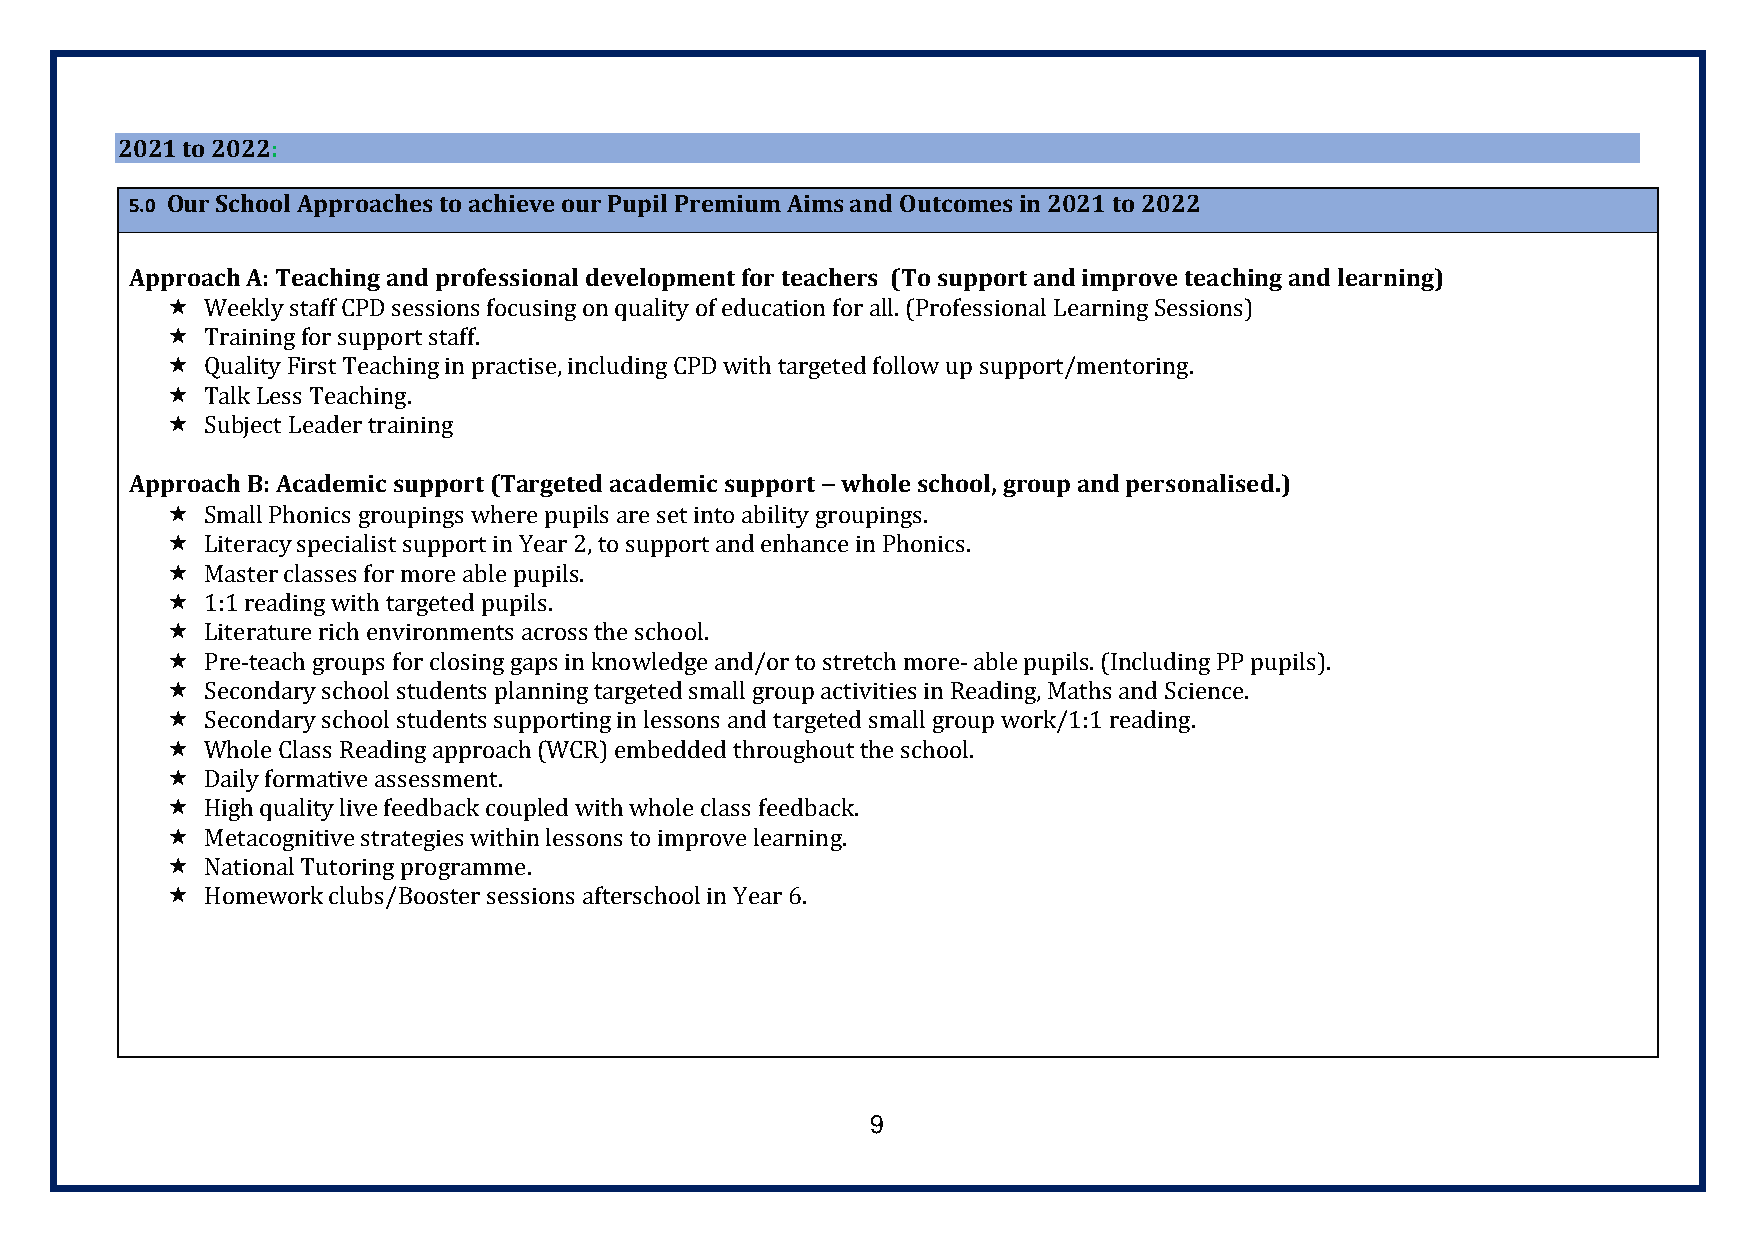
2021 to 2022:
 5.0 Our School Approaches to achieve our Pupil Premium Aims and Outcomes in 2021 to 2022
 Approach A: Teaching and professional development for teachers (To support and improve teaching and learning)
   Weekly staff CPD sessions focusing on quality of education for all. (Professional Learning Sessions)
   Training for support staff.
   Quality First Teaching in practise, including CPD with targeted follow up support/mentoring.
   Talk Less Teaching.
   Subject Leader training
 Approach B: Academic support (Targeted academic support whole school, group and personalised.)
 –
   Small Phonics groupings where pupils are set into ability groupings.
   Literacy specialist support in Year 2, to support and enhance in Phonics.
   Master classes for more able pupils.
   1:1 reading with targeted pupils.
   Literature rich environments across the school.
   Pre-teach groups for closing gaps in knowledge and/or to stretch more- able pupils. (Including PP pupils).
   Secondary school students planning targeted small group activities in Reading, Maths and Science.
   Secondary school students supporting in lessons and targeted small group work/1:1 reading.
   Whole Class Reading approach (WCR) embedded throughout the school.
   Daily formative assessment.
   High quality live feedback coupled with whole class feedback.
   Metacognitive strategies within lessons to improve learning.
   National Tutoring programme.
   Homework clubs/Booster sessions afterschool in Year 6.
 9